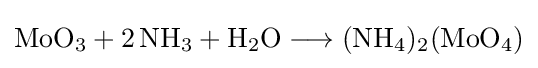
{\mathrm {MoO} {\vphantom {A}}_{\smash[{t}]{3}}{}+{}2\,\mathrm {NH} {\vphantom {A}}_{\smash[{t}]{3}}{}+{}\mathrm {H} {\vphantom {A}}_{\smash[{t}]{2}}\mathrm {O} {}\mathrel {\longrightarrow } {}(\mathrm {NH} {\vphantom {A}}_{\smash[{t}]{4}}){\vphantom {A}}_{\smash[{t}]{2}}(\mathrm {MoO} {\vphantom {A}}_{\smash[{t}]{4}})}